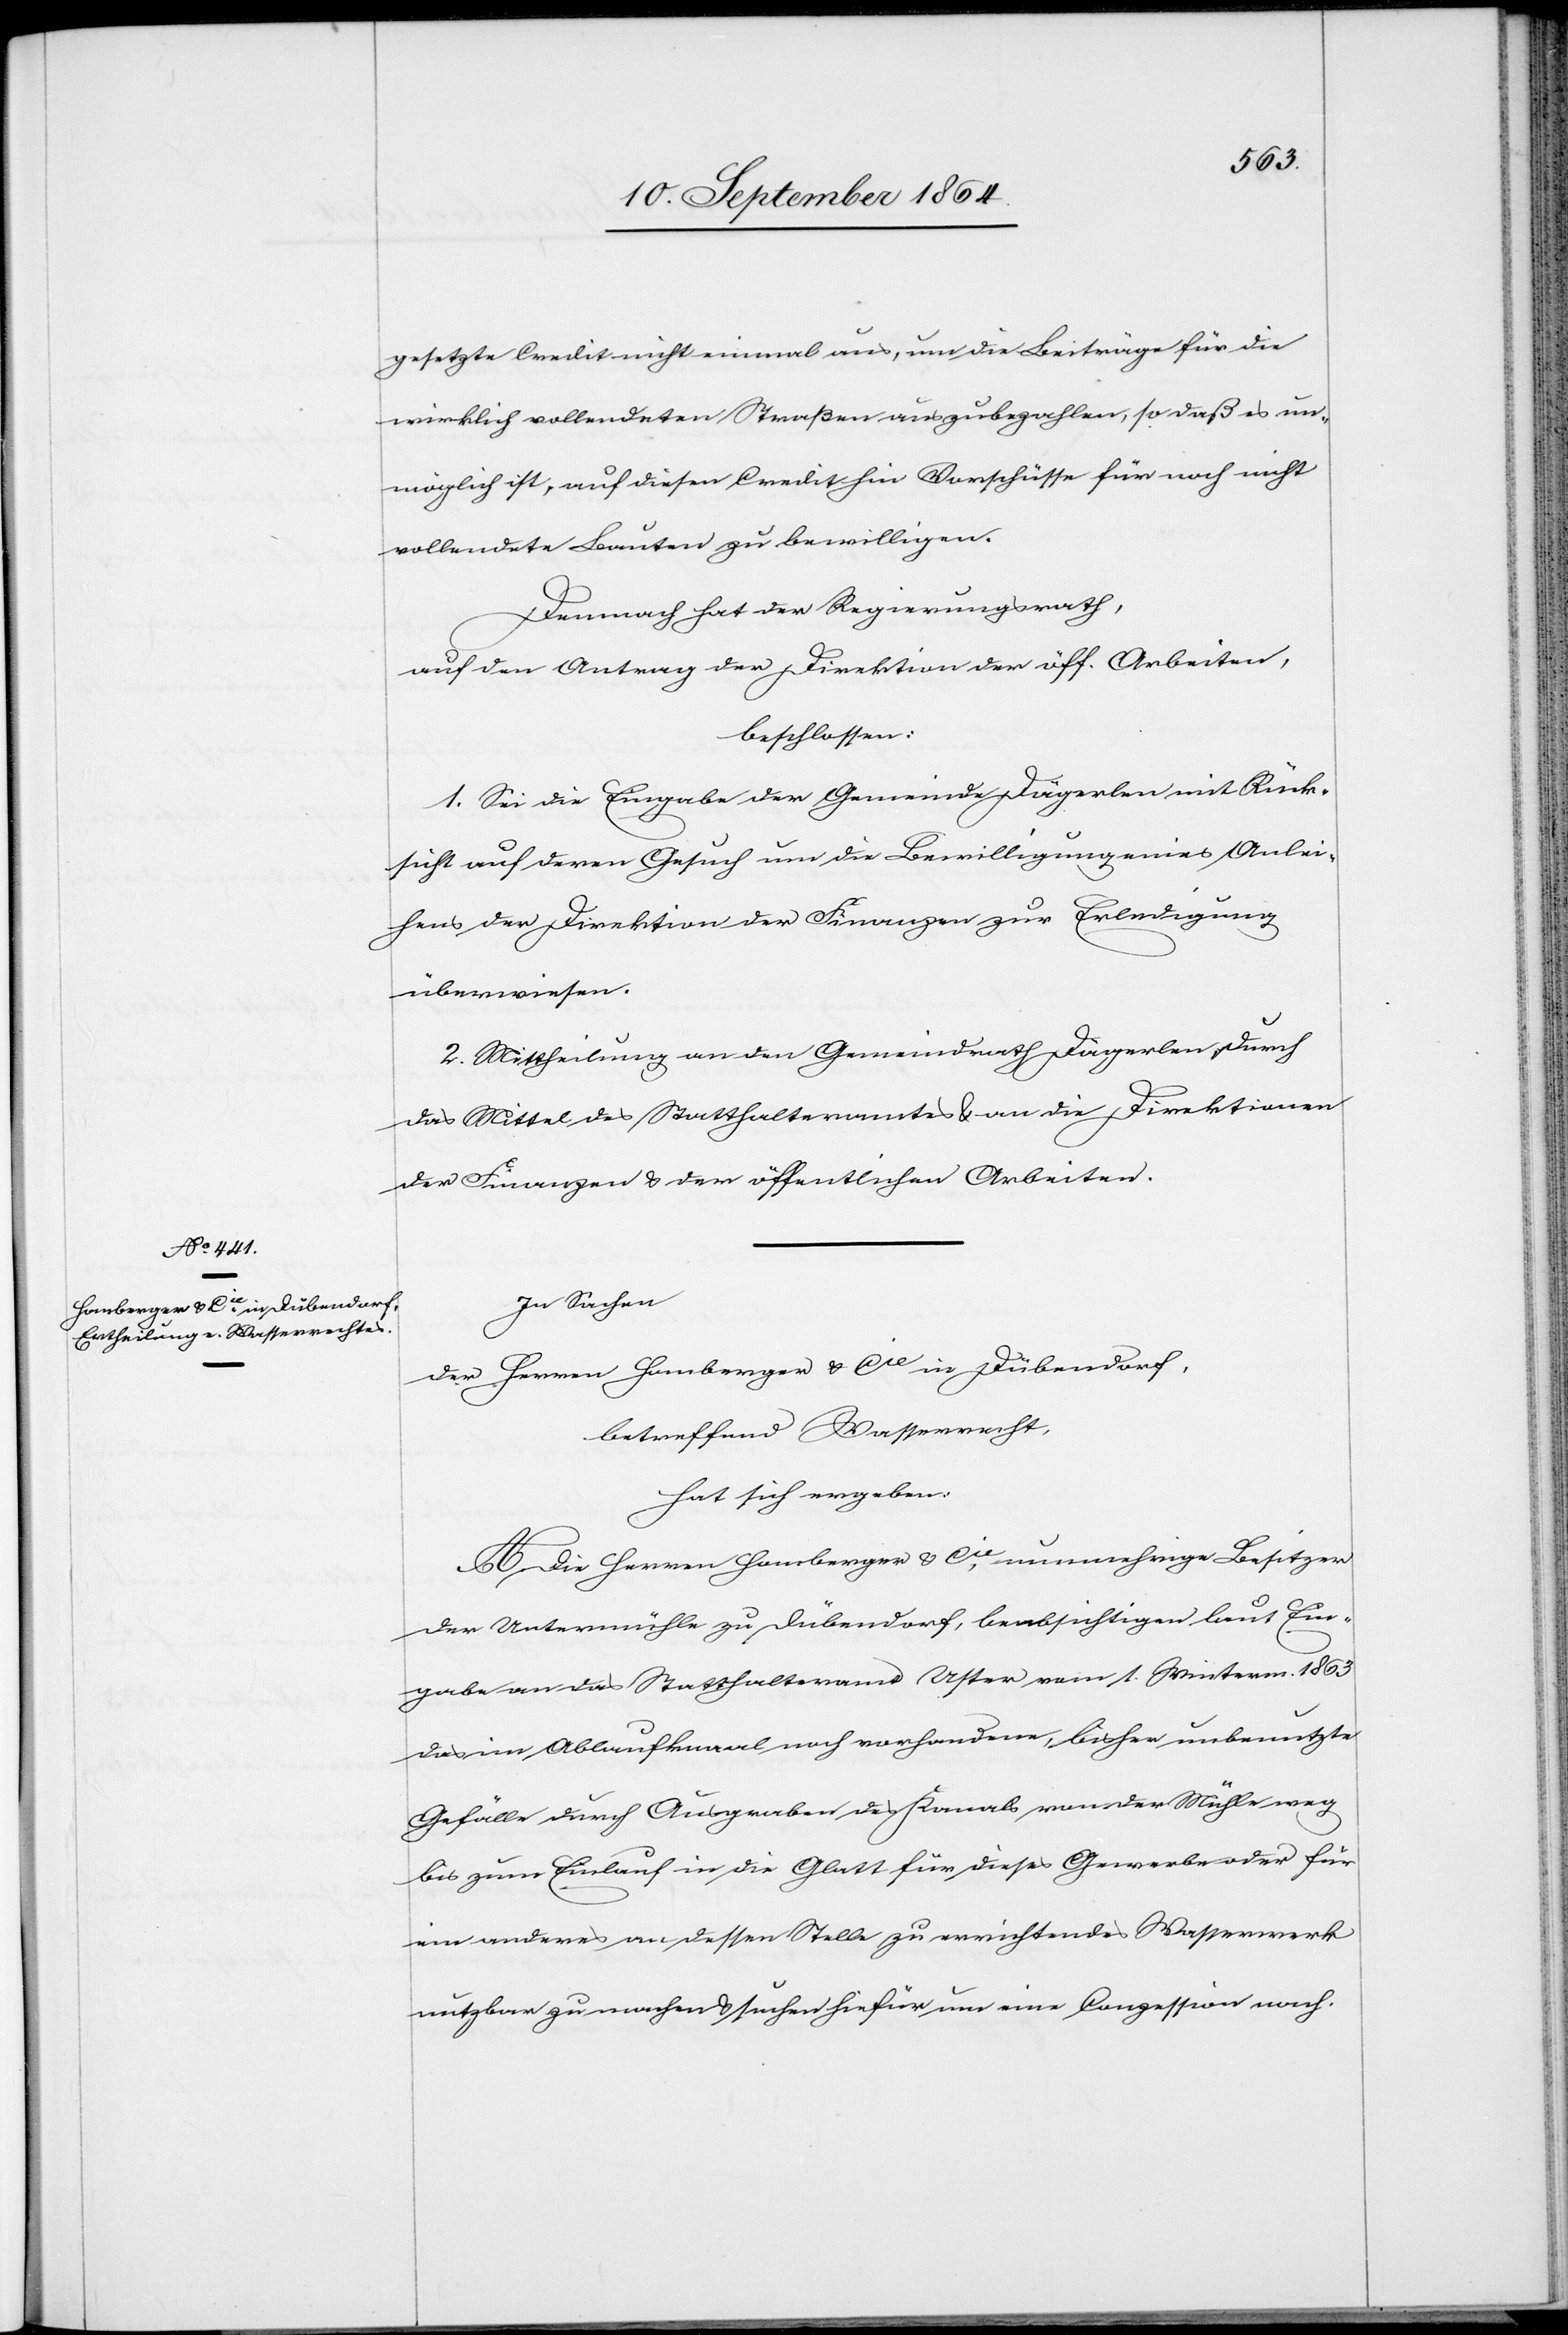
gesetzte Credit nicht einmal aus, um die Beiträge für die
wirklich vollendeten Straßen auszubezahlen, so daß es un¬
möglich ist, auf diesen Credit hin Vorschüsse für noch nicht
vollendete Bauten zu bewilligen.
Demnach hat der Regierungsrath,
auf den Antrag der Direktion der öff. Arbeiten,
beschlossen:
1. Sei die Eingabe der Gemeinde Dägerlen mit Rück¬
sicht auf deren Gesuch um die Bewilligung eines Anlei¬
hens der Direktion der Finanzen zur Erledigung
überwiesen.
2. Mittheilung an den Gemeindrath Dägerlen, durch
das Mittel des Statthalteramtes & an die Direktionen
der Finanzen & der öffentlichen Arbeiten.
In Sachen
der Herren Homberger & Cie in Dübendorf,
betreffend Wasserrecht
hat sich ergeben:
A. Die Herren Homberger & Cie, nunmehrige Besitzer
der Untermühle zu Dübendorf, beabsichtigen laut Ein¬
gabe an das Statthalteramt Uster vom 1. Winterm. 1863
das im Ablaufkanal noch vorhandene, bisher unbenutzte
Gefälle durch Ausgraben des Kanals von der Mühle weg
bis zum Einlauf in die Glatt für dieses Gewerbe oder für
ein anderes an dessen Stelle zu errichtendes Wasserwerk
nutzbar zu machen & suchen hiefür um eine Conzession nach.